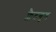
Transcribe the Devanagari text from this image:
फ्लैटवुड